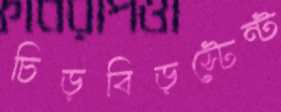
চিড়বিড়স্টেন্ট